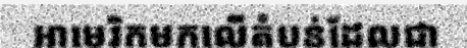
អាមេរិកមកលើតំបន់ដែលជា